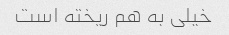
خیلی به هم ریخته است